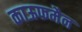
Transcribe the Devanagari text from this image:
काऊफमैन